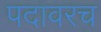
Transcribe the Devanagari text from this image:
पदावरच